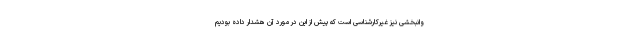
وانبخشی نیز غیرکارشناسی است که پیش از این در مورد آن هشدار داده بودیم